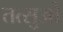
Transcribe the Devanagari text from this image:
तत्सुओ